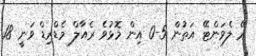
ރޭ ލެވަންޓޭ އަތުން 5-0 އިން މޮޅުވެ ރެއާލް މެޑްރިޑް ވަނީ 18